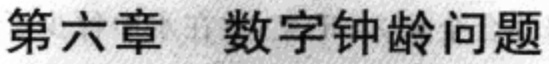
第六章 数字钟龄问题